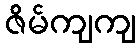
ဇိမ်ကျကျ